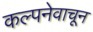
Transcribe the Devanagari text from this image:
कल्पनेवाचून